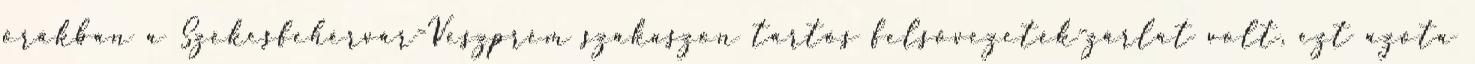
órákban a Székesfehérvár-Veszprém szakaszon tartós felsővezeték-zárlat volt, ezt azóta